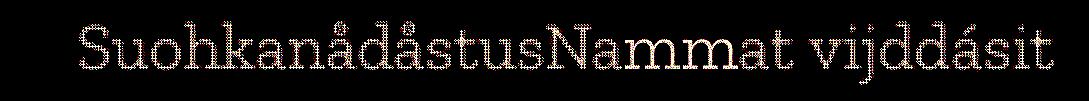
SuohkanådåstusNammat vijddásit